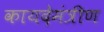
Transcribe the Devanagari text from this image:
कायदेमंत्रीण